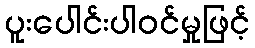
ပူးပေါင်းပါဝင်မှုဖြင့်